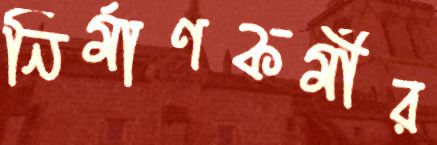
নির্মাণকর্মীর